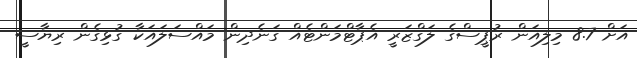
އަށް 8.7 މިލިއަން ރުޕީސްގެ ލަގްޒަރީ އެޕާޓްމަންޓެއް ގަނެދިން މައްސަލައަކާ ގުޅިގެން ރިޔާސީ